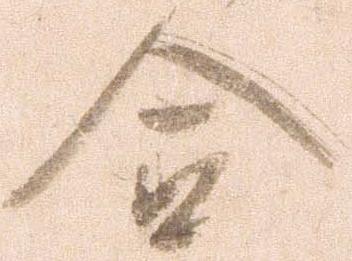
合